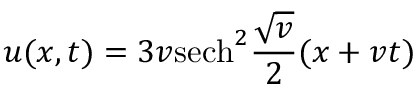
u ( x , t ) = 3 v \mathrm { s e c h } ^ { 2 } { \frac { \sqrt { v } } { 2 } } ( x + v t )